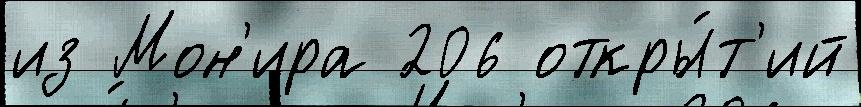
из Мон'ира 206 откры́т'ий